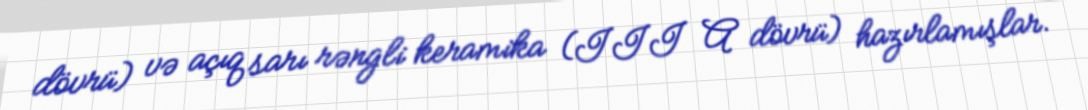
dövrü) və açıq sarı rəngli keramika (III A dövrü) hazırlamışlar.